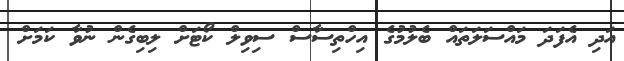
އަދި އެފަދަ މައްސަލަތައް ބެލުމުގެ އިހްތިސާސް ސިވިލް ކޯޓަށް ލިބިގެން ނުވާ ކަމަށް